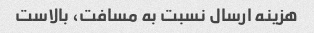
هزینه ارسال نسبت به مسافت، بالاست